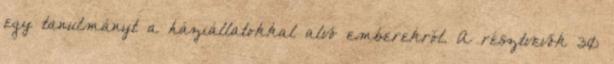
egy tanulmányt a háziállatokkal alvó emberekről. A résztvevők 30